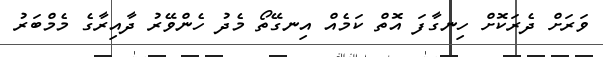
ވަރަށް ދެރަކޮށް ހިނގާފަ އޮތް ކަމެއް އިނގޭތޯ މެދު ހެންވޭރު ދާއިރާގެ މެމްބަރު